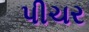
પીચર